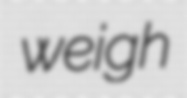
weigh